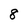
Character: 8